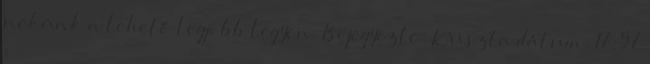
nekünk a lehető legjobb legyen. Bejegyezte: Kriszta dátum: 17:57